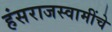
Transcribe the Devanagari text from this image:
हंसराजस्वामींचे